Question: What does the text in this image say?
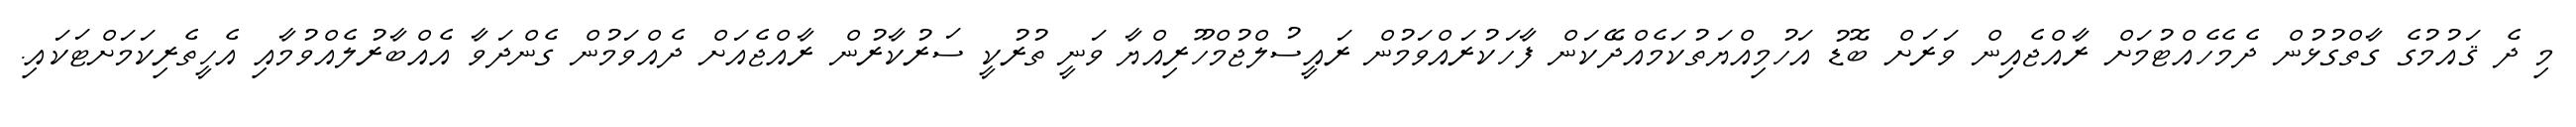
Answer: މި ދެ ޤައުމުގެ ގާތްގުޅުން ދެމެހެއްޓުމަށް ރާއްޖެއިން ވަރަށް ބޮޑު އަހުމިއްޔަތުކަމެއްދޭކަން ފާހަކުރައްވަމުން ރައީސުލްޖުމްހޫރިއްޔާ ވަނީ ތުރުކީ ސަރުކާރުން ރާއްޖެއަށް ދެއްވަމުން ގެންދަވާ އެއްބާރުލެއްވުމާއި އެހީތެރިކަމަށްޓަކައި.